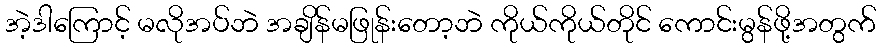
အဲ့ဒါကြောင့် မလိုအပ်ဘဲ အချိန်မဖြုန်းတော့ဘဲ ကိုယ်ကိုယ်တိုင် ကောင်းမွန်ဖို့အတွက်